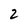
Character: 2